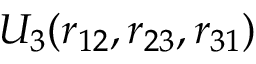
U _ { 3 } ( r _ { 1 2 } , r _ { 2 3 } , r _ { 3 1 } )